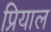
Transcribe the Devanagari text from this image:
प्रियाल